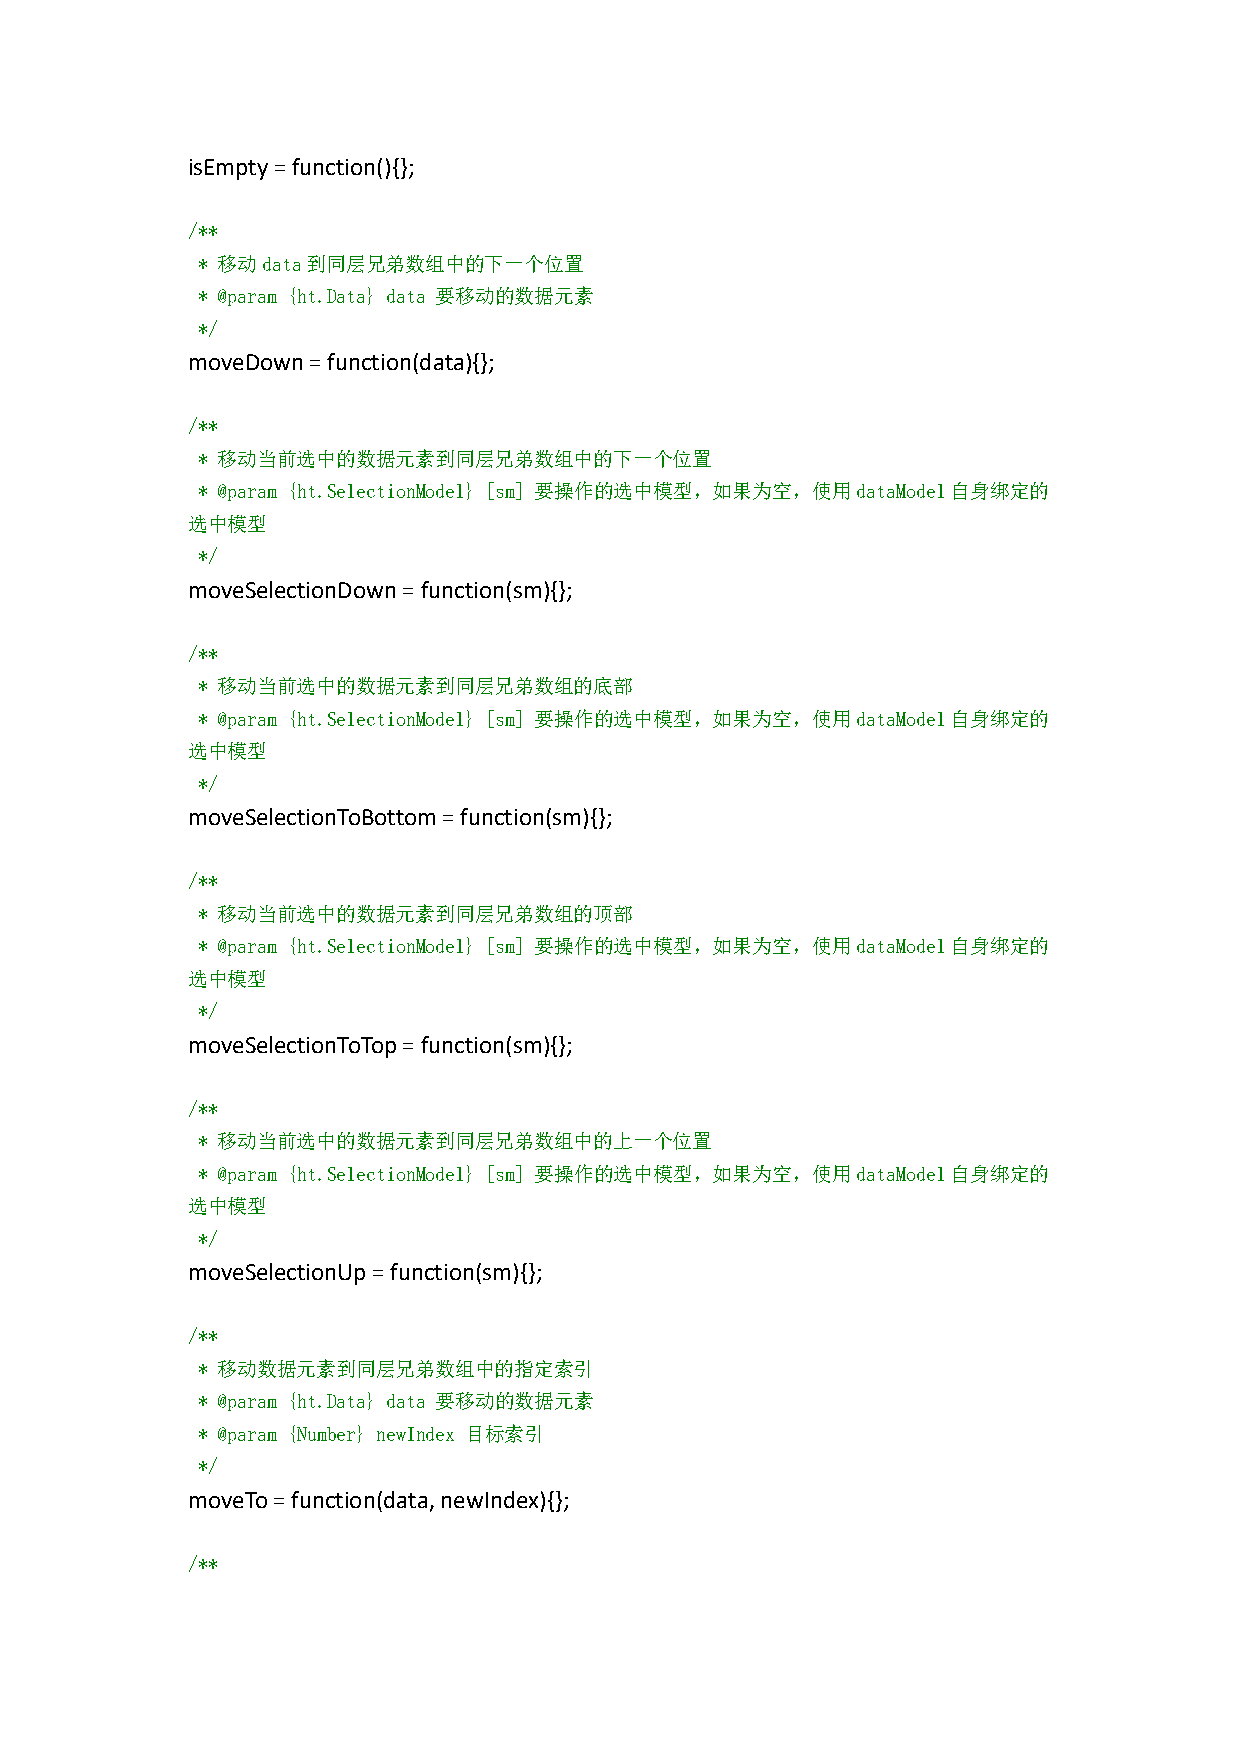
isEmpty=function(){};
 /**
 * 移动data到同层兄弟数组中的下一个位置
 * @param {ht.Data} data 要移动的数据元素
 */
 moveDown=function(data){};
 /**
 * 移动当前选中的数据元素到同层兄弟数组中的下一个位置
 * @param {ht.SelectionModel} [sm] 要操作的选中模型，如果为空，使用dataModel自身绑定的
 选中模型
 */
 moveSelectionDown=function(sm){};
 /**
 * 移动当前选中的数据元素到同层兄弟数组的底部
 * @param {ht.SelectionModel} [sm] 要操作的选中模型，如果为空，使用dataModel自身绑定的
 选中模型
 */
 moveSelectionToBottom=function(sm){};
 /**
 * 移动当前选中的数据元素到同层兄弟数组的顶部
 * @param {ht.SelectionModel} [sm] 要操作的选中模型，如果为空，使用dataModel自身绑定的
 选中模型
 */
 moveSelectionToTop=function(sm){};
 /**
 * 移动当前选中的数据元素到同层兄弟数组中的上一个位置
 * @param {ht.SelectionModel} [sm] 要操作的选中模型，如果为空，使用dataModel自身绑定的
 选中模型
 */
 moveSelectionUp=function(sm){};
 /**
 * 移动数据元素到同层兄弟数组中的指定索引
 * @param {ht.Data} data 要移动的数据元素
 * @param {Number} newIndex 目标索引
 */
 moveTo=function(data,newIndex){};
 /**